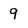
Character: 9